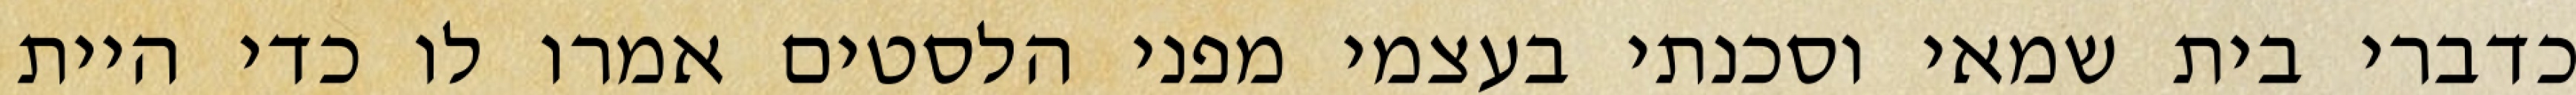
כדברי בית שמאי וסכנתי בעצמי מפני הלסטים אמרו לו כדי היית